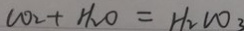
C O _ { 2 } + H _ { 2 } O = H _ { 2 } C O _ { 3 }